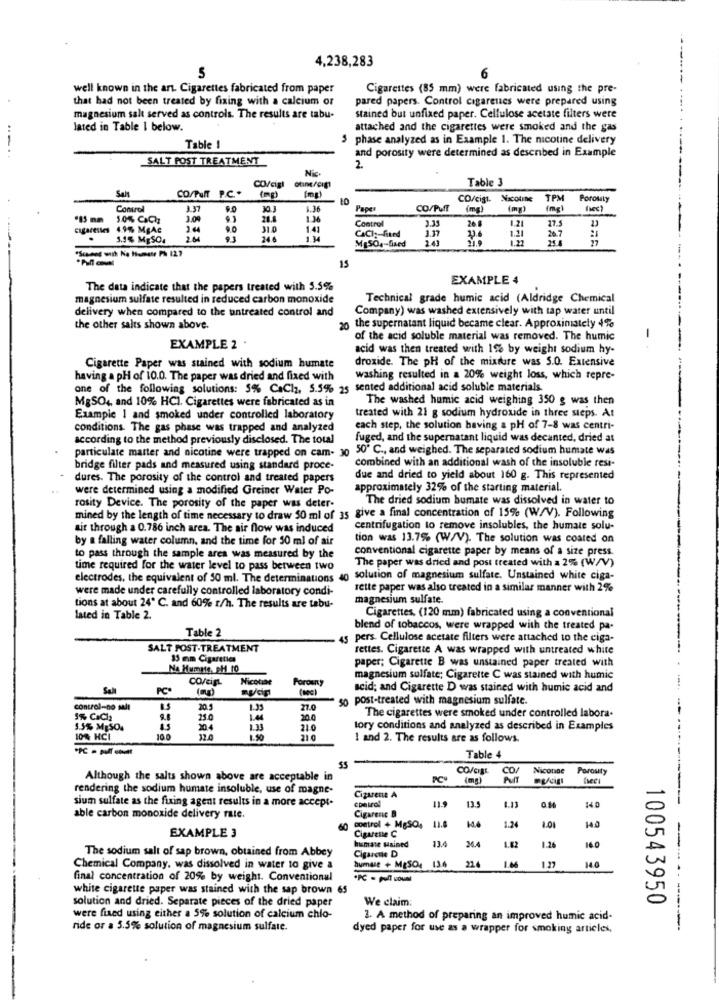
4,238,283
5
6
well known in the art. Cigarettes fabricated from paper
Cigarettes (85 mm) were fabricated using the pre-
that had not been treated by fixing with a calcium or
pared papers. Control cigarenes were prepared using
-----------
magnesium salt served as controls. The results are tabu-
stained but unfixed paper. Cellulose acetate filters were
lated in Table 1 below.
attached and the cigarettes were smoked and the gas
phase analyzed as in Example 1. The nicotine delivery
Table !
and porosity were determined as described in Example
SALT POST TREATMENT
2
Table 3
Salt
CO/PuRT P.C.+
CO/cigl ouine/cığı
(mg)
-
(mg)
CO/cigt. Nicotine
TPM
Porouly
Control
3.37
CO/Puff
(mg)
(mg)
10% CaCh
3.0
21.3
Control
20 8
-
cigarettes 4.9% MgAc
3 44
9.0
31.0
1.41
CACI :-- fited
3.35
3.17
23.6
1.21
1.21
17.
19
1.1% MgSO.
26
9.1
24
MgSO4-fixed
24
1.22
20.7
25.8
15
EXAMPLE 4
The data indicate that the papers treated with 5.5%
magnesium sulfate resulted in reduced carbon monoxide
Technical grade humic acid (Aldridge Chemical
delivery when compared to the untreated control and
Company) was washed extensively with tap water until
20 the supernatant liquid became clear. Approximately 4%
the other salts shown above.
of the acid soluble material was removed. The humnic
EXAMPLE 2 .
acid was then treated with 1% by weight sodium hy-
droxide. The pH of the mixture was 5.0. Extensive
Cigarette Paper was stained with sodium humate
having a pH of 10.0. The paper was dried and fixed with
washing resulted in a 20% weight loss, which repre-
one of the following solutions: 5% CaCl2, 5.5% 25 sented additional acid soluble materials.
MgSO4, and 10% HCl. Cigarettes were fabricated as in
The washed humic acid weighing 350 g was then
Example 1 and smoked under controlled laboratory
treated with 21 g sodium hydroxide in three steps. At
conditions. The gas phase was trapped and analyzed
each step, the solution having & pH of 7-8 was centri-
according to the method previously disclosed. The total
fuged, and the supernatant liquid was decanted, dried at
particulate matter and nicotine were trapped on cam- 10 50' C ., and weighed. The separated sodium humate was
bridge filter pads and measured using standard proce-
combined with an additional wash of the insoluble resi-
dures. The porosity of the control and treated papers
due and dried to yield about 160 g. This represented
were determined using a modified Greiner Water Po-
approximately 32% of the starting material.
The dried sodium bumate was dissolved in water to
rosity Device. The porosity of the paper was deter-
mined by the length of time necessary to draw 50 ml of 35 give a final concentration of 15% (W/V). Following
sit through a 0.786 inch area. The air flow was induced
centrifugation to remove insolubles, the humate solu-
by a falling water column, and the time for 50 ml of air
tion was 13.7% (W/V). The solution was coated on
conventional cigarette paper by means of a size press.
to pass through the sample ares was measured by the
The paper was dried and post treated with a 2% (W/V)
time required for the water level to pass between two
electrodes, the equivalent of 50 ml. The determinations 40
solution of magnesium sulfate. Unstained white ciga-
were made under carefully controlled laboratory condi-
rette paper was also treated in a similar manner with 2%
magnesium sulfate.
tions at about 24º C. and 60% r/h. The results are tabu-
Cigarettes, (120 mm) fabricated using a conventional
lated in Table 2.
Table 2
blend of tobaccos, were wrapped with the treated pa-
5 pers. Cellulose acetate filters were attached to the ciga-
SALT POST-TREATMENT
rettes. Cigarette A was wrapped with untreated white
35 mm Cigarettes
paper; Cigarette B was unstained paper treated with
CO/eigt
Nicotine
Foroury
magnesium sulfate; Cigarette C was stained with humic
Salı
PC
scid; and Cigarette D was stained with humic acid and
50 post-treated with magnesium sulfate.
control-no salt
27.0
1% CIC2
25.0
20.0
The cigarettes were smoked under controlled labora.
1.5% MESO.
20.4
21.0
tory conditions and analyzed as described in Examples
10% HCI
10 0
32.0
1.50
1 and 2. The results are as follows.
-----
Table 4
CO
Niconoe
Porosty
Although the salts shown above are acceptable in
(mg)
--
rendering the sodium humate insoluble, use of magne-
sium sulfate as the fixing agent results in a more accept-
Cizarena A
cpetrol
Cigarenc B
11.9
13.9
1.13
140
able carbon monoxide delivery rate.
11.8
1.24
control + MgSO,
Cigarette C
1.01
EXAMPLE 3
humase Hained
13.4
36.4
1.82
1.26
The sodium salt of sap brown, obtained from Abbey
Cigarette D
humale + MESO, 13.6
22.4
140
Chemical Company, was dissolved in water to give a
1.04
final concentration of 20% by weight. Conventional
white cigarette paper was stained with the sap brown 65
solution and dried. Separate pieces of the dried paper
We claim:
100543950
were fixed using either a 5% solution of calcium chlo-
1. A method of preparing an improved humic acid-
ride or a 5.5% solution of magnesium sulfate.
dyed paper for use as a wrapper for smoking articles,
-- -------